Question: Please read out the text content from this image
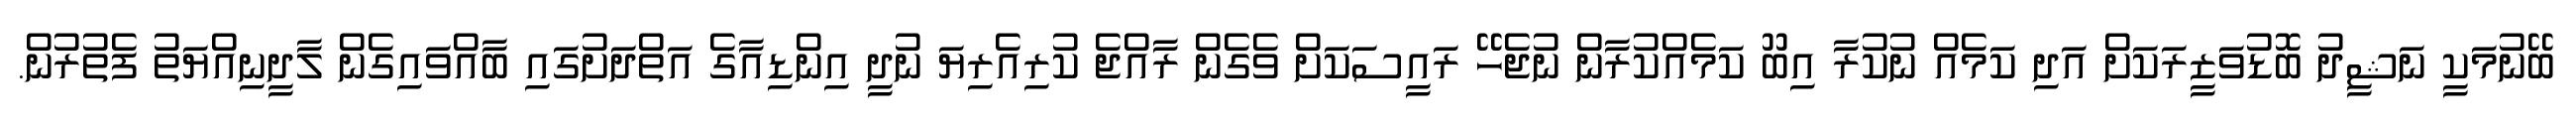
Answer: ބޭނުމަކީ ނަޝީދު ބޮޑުވަޒީރަކަށް އަދި ކަމެއް ނުކުރާ އިބޫ ކަމެއްކުރާން ނުޖެހޭ ރައީސަކަށް ވެގެން ރާއްޖެ ކުރިއެރިޔަ ނުދީ އިންޑިއާގެ އަތްދަށުގައި ބާއްވައިގެން ލާދީނިއްޔަތު ފެތުރުން.